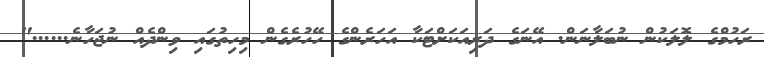
ރަހުމްގެ ލޮލަކުން ނުބަލާނަން. އޭނަގެ ދަރިއަކަށްޓަކާ އަހަރެންގެ ހޭހުރެގެން މިހިތުގައި ވިންދެއް ނުޖަހާނެ......"